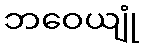
ဘဝေယျုံ